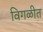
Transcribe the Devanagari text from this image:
विगळीत